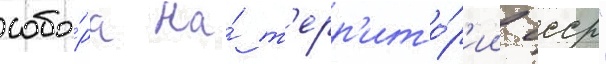
собо́ра на́ т'ерр'ито́р'ии ссср"